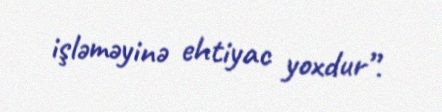
işləməyinə ehtiyac yoxdur”.